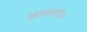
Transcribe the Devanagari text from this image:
खंबाबाबा